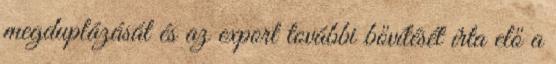
megduplázását és az export további bővítését írta elő a